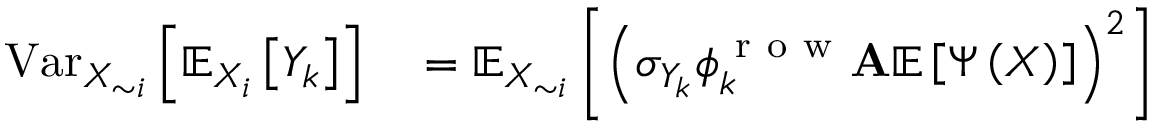
\begin{array} { r l } { \operatorname { V a r } _ { X _ { \sim i } } \left[ \mathbb { E } _ { X _ { i } } \left[ Y _ { k } \right] \right] } & { { } = \mathbb { E } _ { X _ { \sim i } } \left[ \left( \sigma _ { Y _ { k } } \boldsymbol { \phi } _ { k } ^ { \mathrm { ~ r ~ o ~ w ~ } } \mathbf { A } \mathbb { E } \left[ \boldsymbol { \Psi } \left( \boldsymbol { X } \right) \right] \right) ^ { 2 } \right] } \end{array}